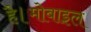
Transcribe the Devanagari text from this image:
है।मोबाइल